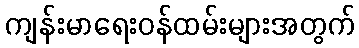
ကျန်းမာရေးဝန်ထမ်းများအတွက်